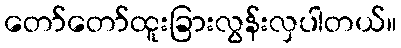
တော်တော်ထူးခြားလွန်းလှပါတယ်။